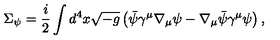
\Sigma _ { \psi } = \frac { i } { 2 } \int d ^ { 4 } x \sqrt { - g } \left( \bar { \psi } \gamma ^ { \mu } \nabla _ { \mu } \psi - \nabla _ { \mu } \bar { \psi } \gamma ^ { \mu } \psi \right) ,